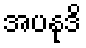
အပနုဒိ